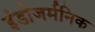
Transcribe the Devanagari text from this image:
इंडोजर्मनिक